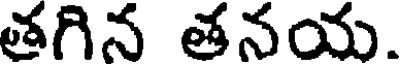
తగిన తనయ.